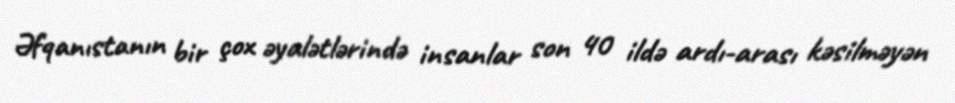
Əfqanıstanın bir çox əyalətlərində insanlar son 40 ildə ardı-arası kəsilməyən